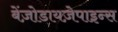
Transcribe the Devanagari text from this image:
बेंज़ोडायज़ेपाइन्स